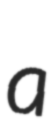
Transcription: a